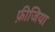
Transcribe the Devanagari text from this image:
फ़ीजिया